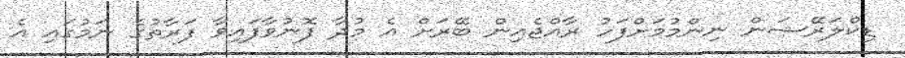
ޑިކްލަރޭޝަން ނިންމުމަށްފަހު ރާއްޖެއިން ބޭރަށް އެ މުދާ ފޮނުވާފައިވާ ފަރާތުގެ ނަމުގައި އެ